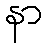
နာ